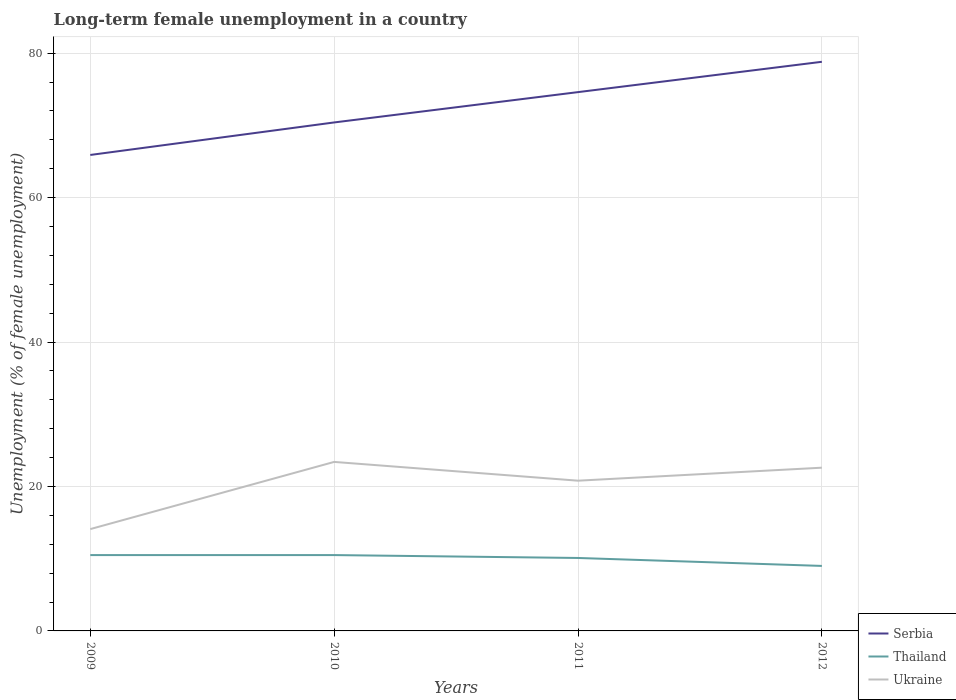
| Years | Serbia | Thailand | Ukraine |
 | --- | --- | --- | --- |
 | 2009 | 65.9 | 10.5 | 14.1 |
 | 2010 | 70.4 | 10.5 | 23.4 |
 | 2011 | 74.6 | 10.1 | 20.8 |
 | 2012 | 78.8 | 9 | 22.6 |